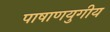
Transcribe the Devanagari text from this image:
पाषाणयुगीय